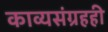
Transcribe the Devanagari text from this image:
काव्यसंग्रहही